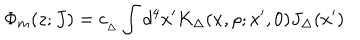
LaTeX: { \Phi _ { m } ( z ; J ) = c _ { _ { \Delta } } \int d ^ { 4 } x ^ { \prime } K _ { \Delta } ( x , \rho ; x ^ { \prime } , 0 ) J _ { \Delta } ( x ^ { \prime } ) }